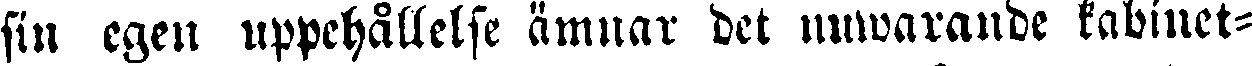
sin egen uppehållelse ämnar det utwarande kabinet-